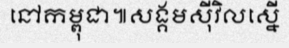
នៅកម្ពុជា៕សង្គមស៊ីវិលស្នើ